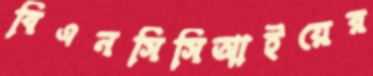
বিএনসিসিআইয়ের